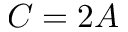
C = 2 A